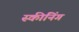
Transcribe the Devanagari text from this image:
स्कीनिंग